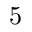
5